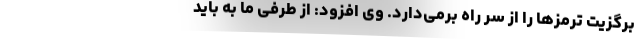
برگزیت ترمزها را از سر راه برمی‌دارد. وی افزود: از طرفی ما به باید